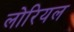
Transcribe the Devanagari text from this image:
लोरियल